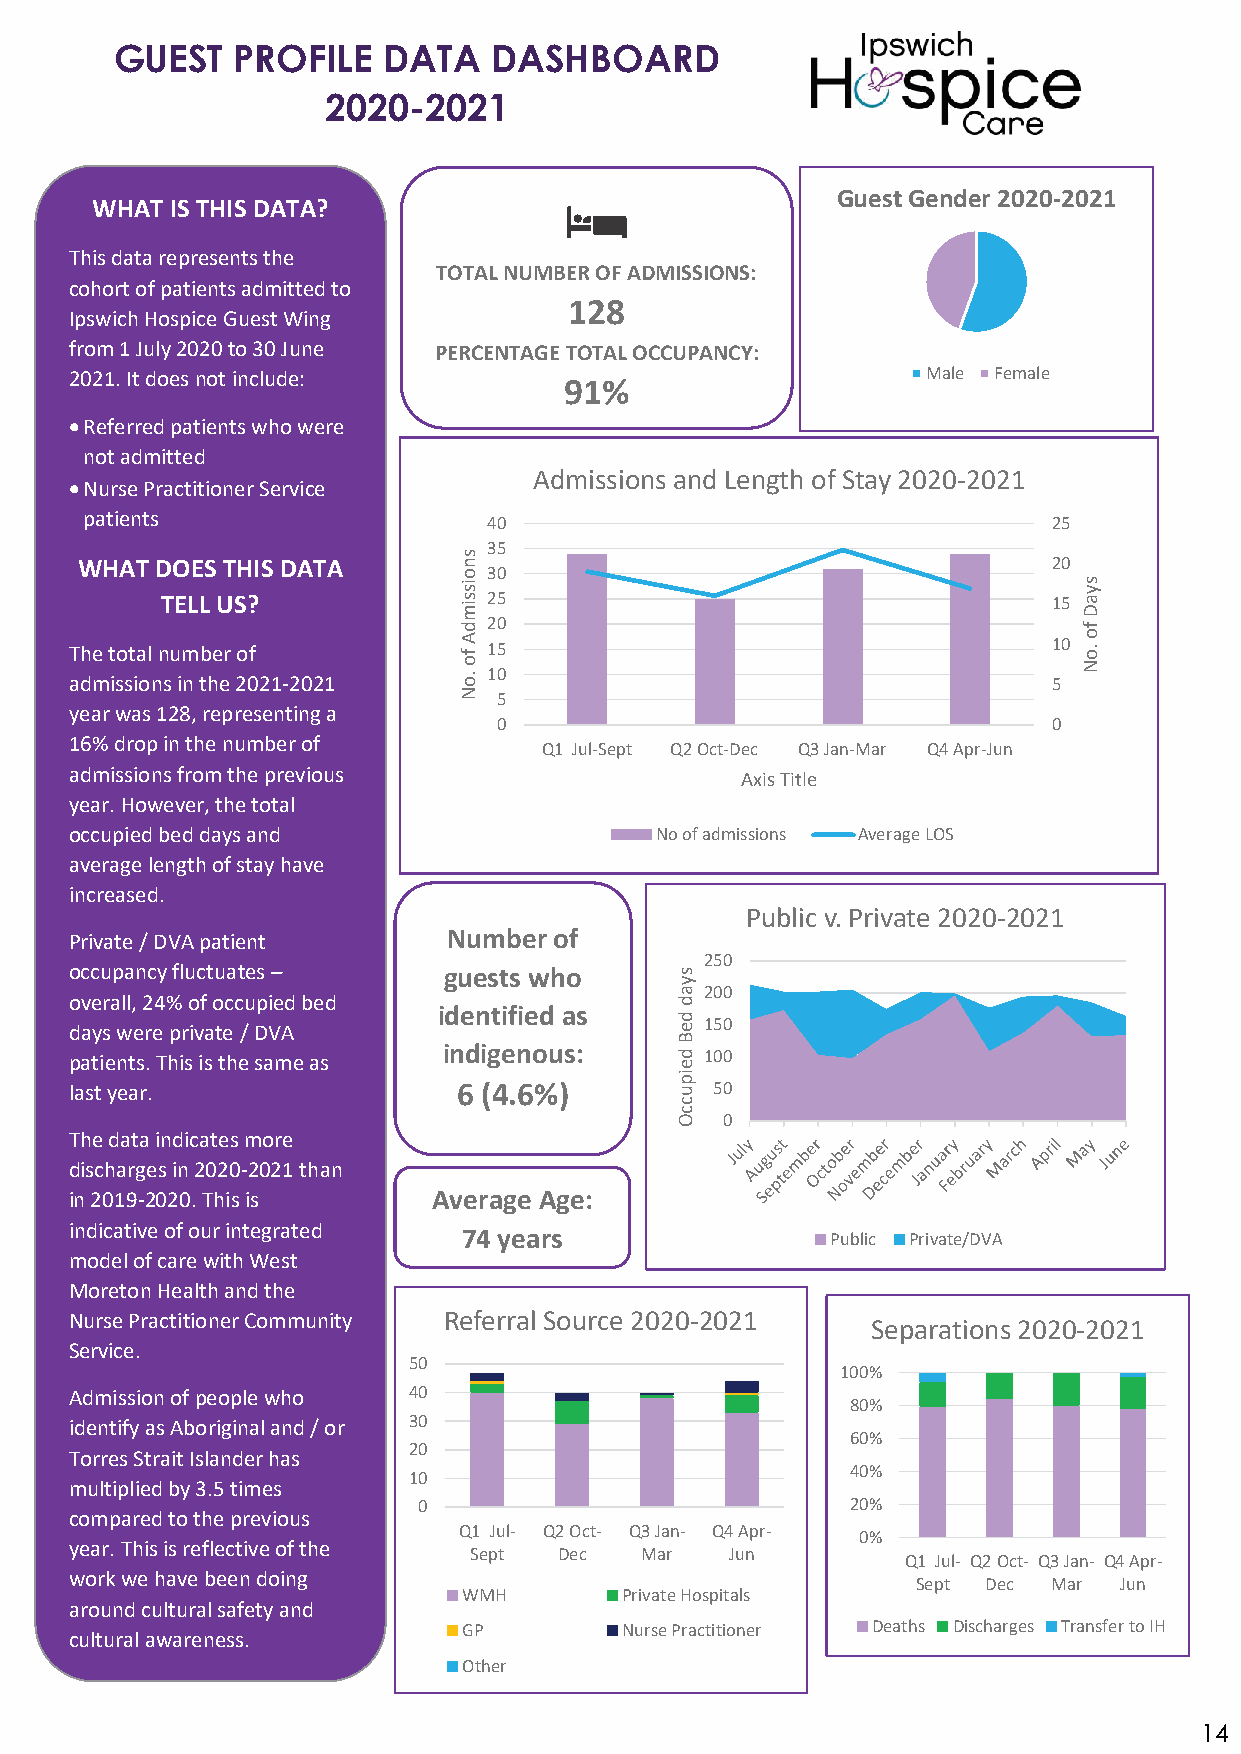
GUEST   PROFILE  DATA    DASHBOARD
 2020-2021
 Guest Gender 2020-2021
 WHAT IS THIS DATA?
 This data represents the
 TOTAL NUMBER OF ADMISSIONS:
 cohort of patients admitted to
 128
 Ipswich Hospice Guest Wing
 from 1 July 2020 to 30 June PERCENTAGE TOTAL OCCUPANCY:
 2021. It does not include:                              Male Female
 91%
 • Referred patients who were
 not admitted
 Admissions and Length of Stay 2020-2021
 • Nurse Practitioner Service
 patients                  40                                    25
 35
 WHAT DOES THIS DATA                                              20
 30
 TELL US?             25                                    15
 20
 The total number of        15                                    10
 10 admissions in the 2021-2021        5
 5
 year was 128, representing a
 0                                    0
 16% drop in the number of      Q1 Jul-Sept Q2 Oct-Dec Q3 Jan-Mar Q4 Apr-Jun
 admissions from the previous                Axis Title
 year. However, the total
 occupied bed days and                 No of admissions Average LOS
 average length of stay have
 increased.
 Public v. Private 2020-2021
 Private / DVA patient    Number of
 250
 occupancy fluctuates –  guests who
 200
 overall, 24% of occupied bed
 identified as
 150
 days were private / DVA
 patients. This is the same as indigenous: 100
 last year.               6 (4.6%)         50
 0
 The data indicates more
 discharges in 2020-2021 than
 in 2019-2020. This is   Average Age:
 indicative of our integrated
 74 years                Public Private/DVA
 model of care with West
 Moreton Health and the
 Nurse Practitioner Community Referral Source 2020-2021
 Separations 2020-2021
 Service.
 50
 100%
 Admission of people who 40
 80%
 identify as Aboriginal and / or 30
 60%
 20
 Torres Strait Islander has
 40%
 10
 multiplied by 3.5 times
 0                           20%
 compared to the previous
 Q1 Jul- Q2 Oct- Q3 Jan- Q4 Apr- 0%
 year. This is reflective of the
 Sept  Dec  Mar   Jun
 Q1 Jul- Q2 Oct- Q3 Jan- Q4 Apr-
 work we have been doing
 Sept Dec Mar Jun
 WMH       Private Hospitals
 around cultural safety and
 GP        Nurse Practitioner Deaths Discharges Transfer to IH
 cultural awareness.
 Other
 14
 snoissimdA
 fo
 .oN
 syad
 deB
 deipuccO
 syaD
 fo
 .oN